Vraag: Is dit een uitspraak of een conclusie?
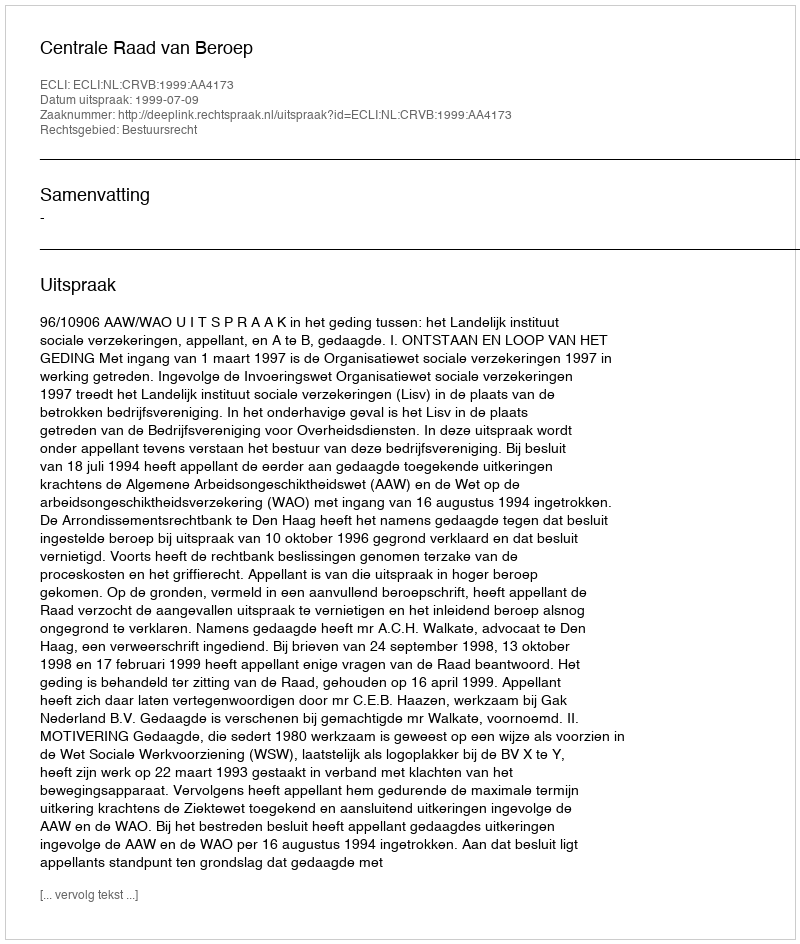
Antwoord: Uitspraak